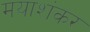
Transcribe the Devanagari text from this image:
मयाशंकर